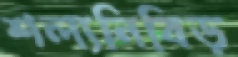
শল্যনিবিড়